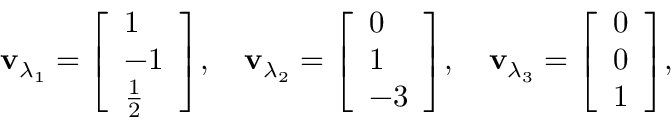
\mathbf { v } _ { \lambda _ { 1 } } = { \left[ \begin{array} { l } { 1 } \\ { - 1 } \\ { { \frac { 1 } { 2 } } } \end{array} \right] } , \quad \mathbf { v } _ { \lambda _ { 2 } } = { \left[ \begin{array} { l } { 0 } \\ { 1 } \\ { - 3 } \end{array} \right] } , \quad \mathbf { v } _ { \lambda _ { 3 } } = { \left[ \begin{array} { l } { 0 } \\ { 0 } \\ { 1 } \end{array} \right] } ,